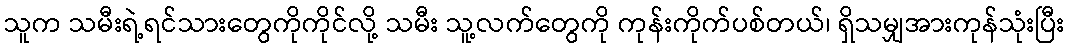
သူက သမီးရဲ့ရင်သားတွေကိုကိုင်လို့ သမီး သူ့လက်တွေကို ကုန်းကိုက်ပစ်တယ်၊ ရှိသမျှအားကုန်သုံးပြီး